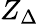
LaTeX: Z_{\Delta}